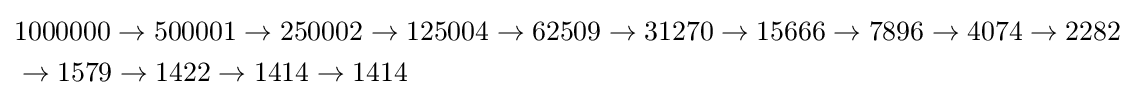
{\begin{aligned}&1000000\to 500001\to 250002\to 125004\to 62509\to 31270\to 15666\to 7896\to 4074\to 2282\\&\to 1579\to 1422\to 1414\rightarrow 1414\end{aligned}}